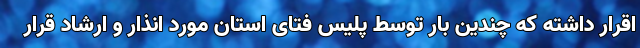
اقرار داشته که چندین بار توسط پلیس فتای استان مورد انذار و ارشاد قرار